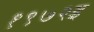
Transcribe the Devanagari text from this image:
१९७२इ